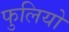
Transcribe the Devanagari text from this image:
फुलियो